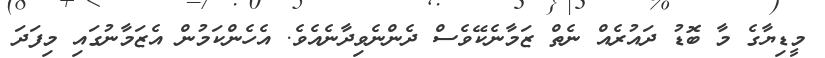
މީޑިޔާގެ މާ ބޮޑު ދައުރެއް ނެތް ޒަމާނެކޭވެސް ދެންނެވިދާނެއެވެ. އެހެންކަމުން އެޒަމާނުގައި މިފަދަ